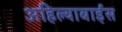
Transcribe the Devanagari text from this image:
अहिल्याबाईंस